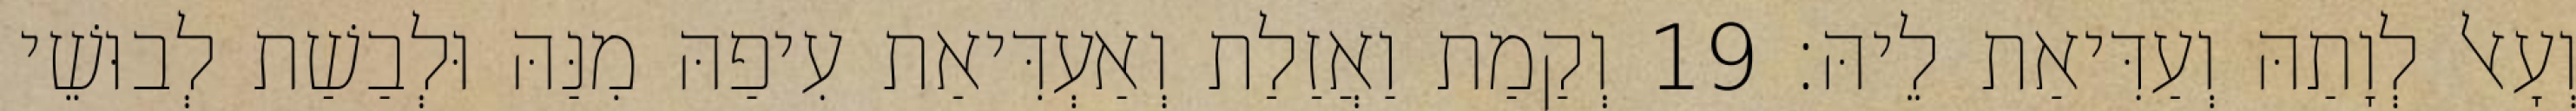
וְעָאל לְוָתַהּ וְעַדִּיאַת לֵיהּ׃ 19 וְקַמַת וַאֲזַלַת וְאַעְדִּיאַת עִיפַהּ מִנַּהּ וּלְבַשַׁת לְבוּשֵׁי